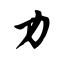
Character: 力